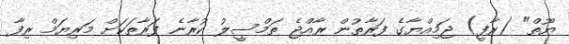
ޔޫތް" (ރާފީ) ޖަމިއްޔާގެ ފަރާތުން ރާއްޖެ ތަމްސީލު ކުރާނެ ފަރާތަކަށް މަރިޔަމް ރިފާ